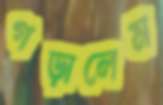
গড়ালেম